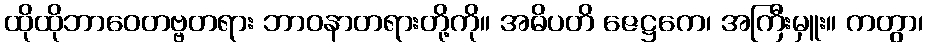
ထိုထိုဘာဝေတဗ္ဗတရား ဘာဝနာတရားတို့ကို။ အဓိပတိ ဇေဋ္ဌကေ၊ အကြီးမှူး။ ကတွာ၊